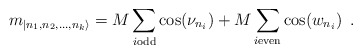
\begin{align*}m_{|n_{1},n_{2},\dots ,n_{k}\rangle }=M\sum _{i\textrm{}\mathrm{odd}}\cos (\nu _{n_{i}})+M\sum _{i\textrm{}\mathrm{even}}\cos (w_{n_{i}})\, \, \, .\end{align*}